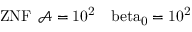
\mathrm { { Z N F } \: \: \mathcal { A } = 1 0 ^ { 2 } \: \: \: \ b e t a _ { 0 } = 1 0 ^ { 2 } }